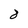
Character: 8